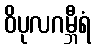
ဝိပုလဂမ္ဘီရံ